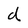
Character: d